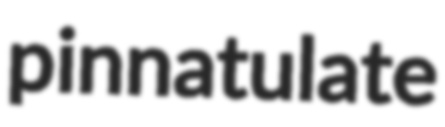
pinnatulate